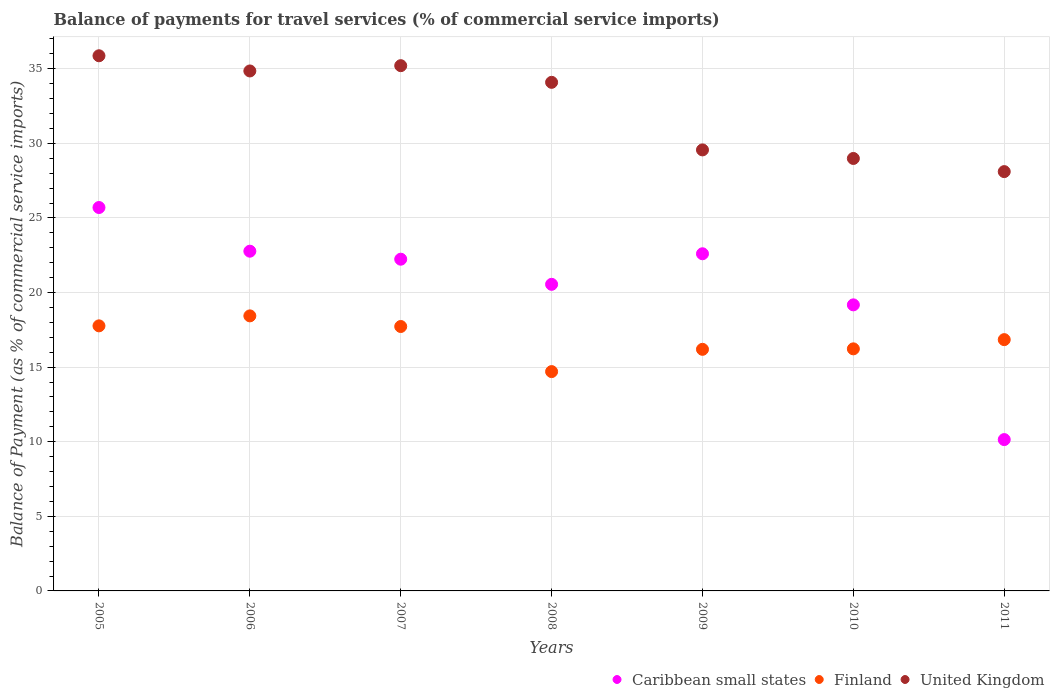
| Years | Caribbean small states | Finland | United Kingdom |
 | --- | --- | --- | --- |
 | 2005 | 25.7 | 17.8 | 35.9 |
 | 2006 | 22.8 | 18.4 | 34.9 |
 | 2007 | 22.2 | 17.7 | 35.2 |
 | 2008 | 20.6 | 14.7 | 34.1 |
 | 2009 | 22.6 | 16.2 | 29.6 |
 | 2010 | 19.2 | 16.2 | 29 |
 | 2011 | 10.1 | 16.8 | 28.1 |